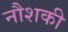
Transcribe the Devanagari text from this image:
नौशकी